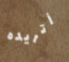
أتريده